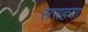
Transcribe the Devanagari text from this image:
सराहया